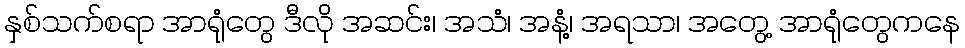
နှစ်သက်စရာ အာရုံတွေ ဒီလို အဆင်း၊ အသံ၊ အနံ့၊ အရသာ၊ အတွေ့ အာရုံတွေကနေ